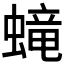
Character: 𧏵